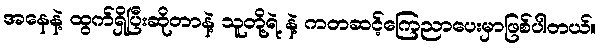
အနေနဲ့ ထွက်ရှိပြီးဆိုတာနဲ့ သူတို့ရဲ့ နဲ့ ကတဆင့်ကြေညာပေးမှာဖြစ်ပါတယ်။